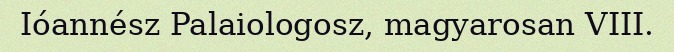
Ióannész Palaiologosz, magyarosan VIII.